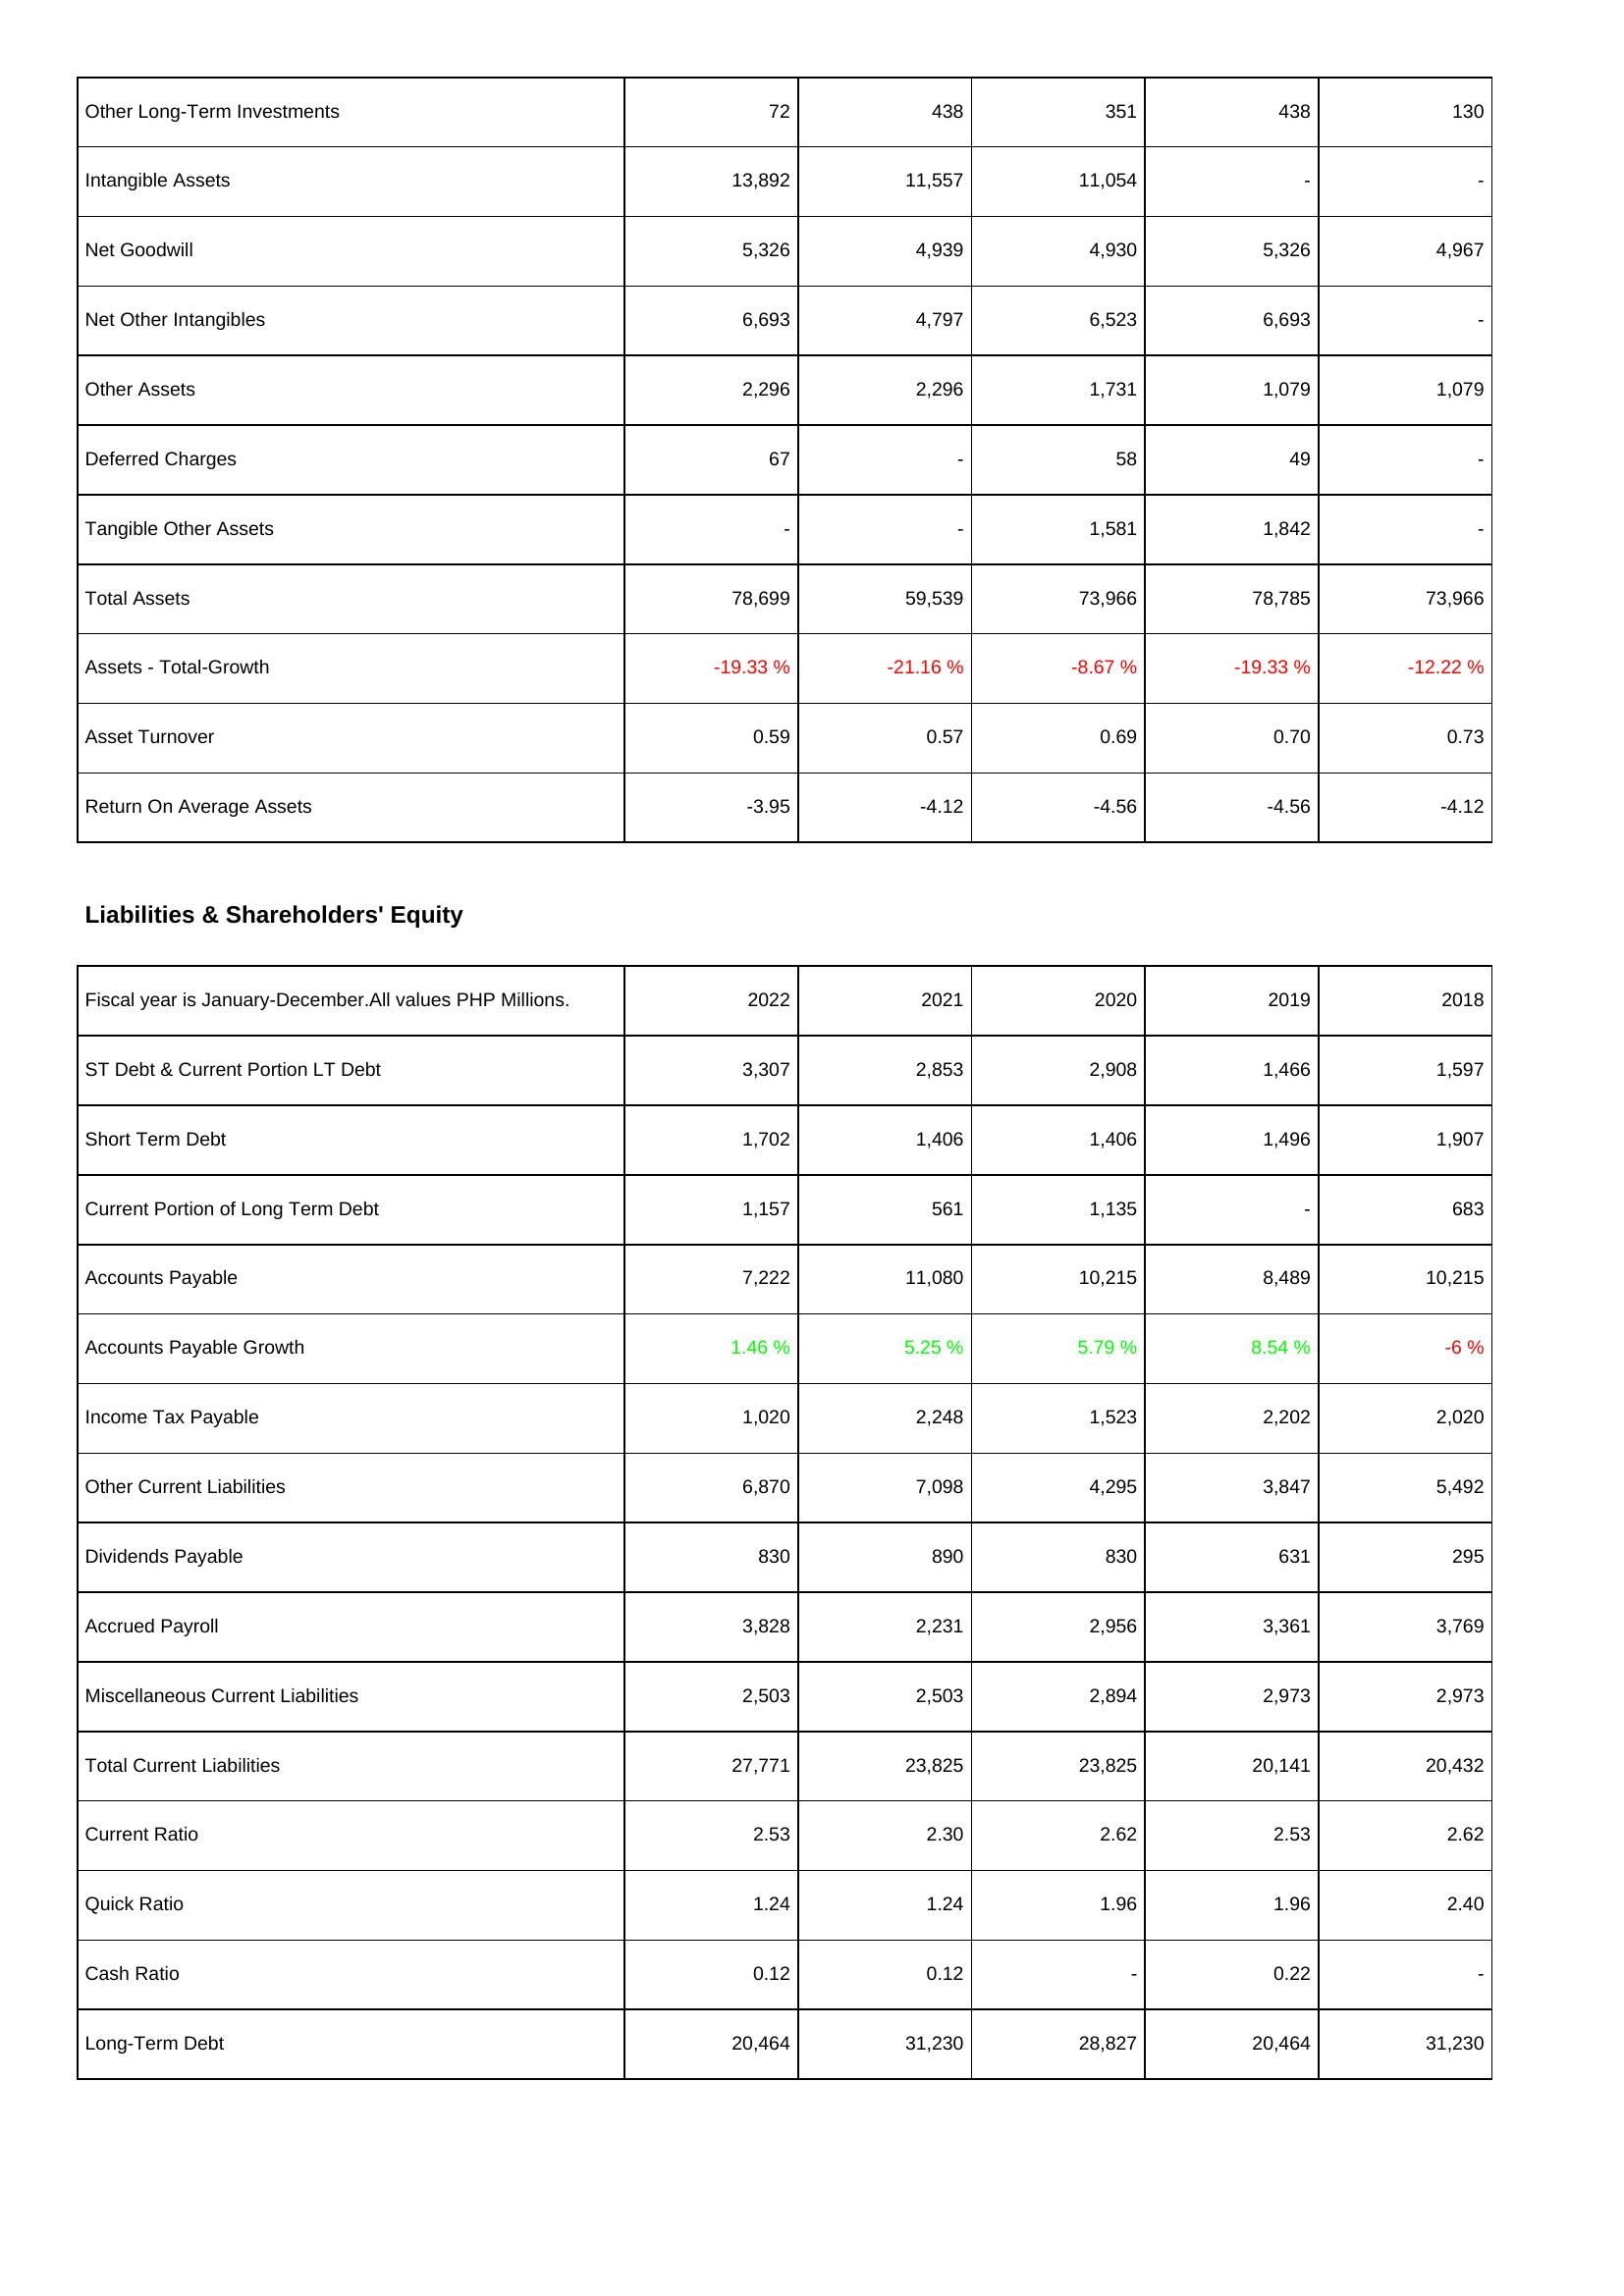
2022: Assets: Other Long-Term Investments: 72
Intangible Assets: 13,892
Net Goodwill: 5,326
Net Other Intangibles: 6,693
Other Assets: 2,296
Deferred Charges: 67
Tangible Other Assets: -
Total Assets: 78,699
Assets - Total-Growth: -19.33 %
Asset Turnover: 0.59
Return On Average Assets: -3.95
Liabilities & Shareholders' Equity: ST Debt & Current Portion LT Debt: 3,307
Short Term Debt: 1,702
Current Portion of Long Term Debt: 1,157
Accounts Payable: 7,222
Accounts Payable Growth: 1.46 %
Income Tax Payable: 1,020
Other Current Liabilities: 6,870
Dividends Payable: 830
Accrued Payroll: 3,828
Miscellaneous Current Liabilities: 2,503
Total Current Liabilities: 27,771
Current Ratio: 2.53
Quick Ratio: 1.24
Cash Ratio: 0.12
Long-Term Debt: 20,464
2021: Assets: Other Long-Term Investments: 438
Intangible Assets: 11,557
Net Goodwill: 4,939
Net Other Intangibles: 4,797
Other Assets: 2,296
Deferred Charges: -
Tangible Other Assets: -
Total Assets: 59,539
Assets - Total-Growth: -21.16 %
Asset Turnover: 0.57
Return On Average Assets: -4.12
Liabilities & Shareholders' Equity: ST Debt & Current Portion LT Debt: 2,853
Short Term Debt: 1,406
Current Portion of Long Term Debt: 561
Accounts Payable: 11,080
Accounts Payable Growth: 5.25 %
Income Tax Payable: 2,248
Other Current Liabilities: 7,098
Dividends Payable: 890
Accrued Payroll: 2,231
Miscellaneous Current Liabilities: 2,503
Total Current Liabilities: 23,825
Current Ratio: 2.30
Quick Ratio: 1.24
Cash Ratio: 0.12
Long-Term Debt: 31,230
2020: Assets: Other Long-Term Investments: 351
Intangible Assets: 11,054
Net Goodwill: 4,930
Net Other Intangibles: 6,523
Other Assets: 1,731
Deferred Charges: 58
Tangible Other Assets: 1,581
Total Assets: 73,966
Assets - Total-Growth: -8.67 %
Asset Turnover: 0.69
Return On Average Assets: -4.56
Liabilities & Shareholders' Equity: ST Debt & Current Portion LT Debt: 2,908
Short Term Debt: 1,406
Current Portion of Long Term Debt: 1,135
Accounts Payable: 10,215
Accounts Payable Growth: 5.79 %
Income Tax Payable: 1,523
Other Current Liabilities: 4,295
Dividends Payable: 830
Accrued Payroll: 2,956
Miscellaneous Current Liabilities: 2,894
Total Current Liabilities: 23,825
Current Ratio: 2.62
Quick Ratio: 1.96
Cash Ratio: -
Long-Term Debt: 28,827
2019: Assets: Other Long-Term Investments: 438
Intangible Assets: -
Net Goodwill: 5,326
Net Other Intangibles: 6,693
Other Assets: 1,079
Deferred Charges: 49
Tangible Other Assets: 1,842
Total Assets: 78,785
Assets - Total-Growth: -19.33 %
Asset Turnover: 0.70
Return On Average Assets: -4.56
Liabilities & Shareholders' Equity: ST Debt & Current Portion LT Debt: 1,466
Short Term Debt: 1,496
Current Portion of Long Term Debt: -
Accounts Payable: 8,489
Accounts Payable Growth: 8.54 %
Income Tax Payable: 2,202
Other Current Liabilities: 3,847
Dividends Payable: 631
Accrued Payroll: 3,361
Miscellaneous Current Liabilities: 2,973
Total Current Liabilities: 20,141
Current Ratio: 2.53
Quick Ratio: 1.96
Cash Ratio: 0.22
Long-Term Debt: 20,464
2018: Assets: Other Long-Term Investments: 130
Intangible Assets: -
Net Goodwill: 4,967
Net Other Intangibles: -
Other Assets: 1,079
Deferred Charges: -
Tangible Other Assets: -
Total Assets: 73,966
Assets - Total-Growth: -12.22 %
Asset Turnover: 0.73
Return On Average Assets: -4.12
Liabilities & Shareholders' Equity: ST Debt & Current Portion LT Debt: 1,597
Short Term Debt: 1,907
Current Portion of Long Term Debt: 683
Accounts Payable: 10,215
Accounts Payable Growth: -6 %
Income Tax Payable: 2,020
Other Current Liabilities: 5,492
Dividends Payable: 295
Accrued Payroll: 3,769
Miscellaneous Current Liabilities: 2,973
Total Current Liabilities: 20,432
Current Ratio: 2.62
Quick Ratio: 2.40
Cash Ratio: -
Long-Term Debt: 31,230